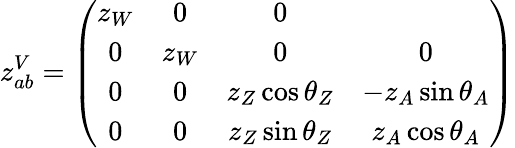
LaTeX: z_{ab}^{V}=\left(\begin{array}{cccc}{{z_{W}}}&{{0}}&{{0}}\\ {{0}}&{{z_{W}}}&{{0}}&{{0}}\\ {{0}}&{{0}}&{{z_{Z}\cos\theta_{Z}}}&{{-z_{A}\sin\theta_{A}}}\\ {{0}}&{{0}}&{{z_{Z}\sin\theta_{Z}}}&{{z_{A}\cos\theta_{A}}}\end{array}\right)